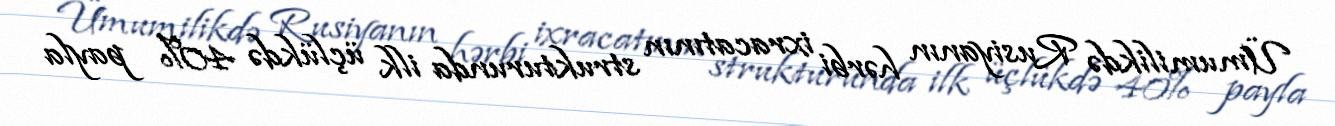
Ümumilikdə Rusiyanın hərbi ixracatının strukturunda ilk üçlükdə 40% payla